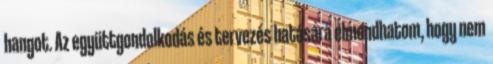
hangot. Az együttgondolkodás és tervezés hatására elmondhatom, hogy nem